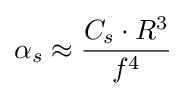
\alpha _{s}\approx {\frac {C_{s}\cdot R^{3}}{f^{4}}}